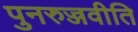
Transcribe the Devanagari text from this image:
पुनरुज्जवीति